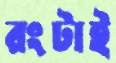
রংটাই